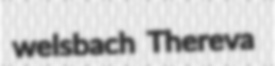
welsbach Thereva